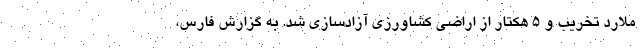
ملارد تخریب و ۵ هکتار از اراضی کشاورزی آزادسازی شد. به گزارش فارس،